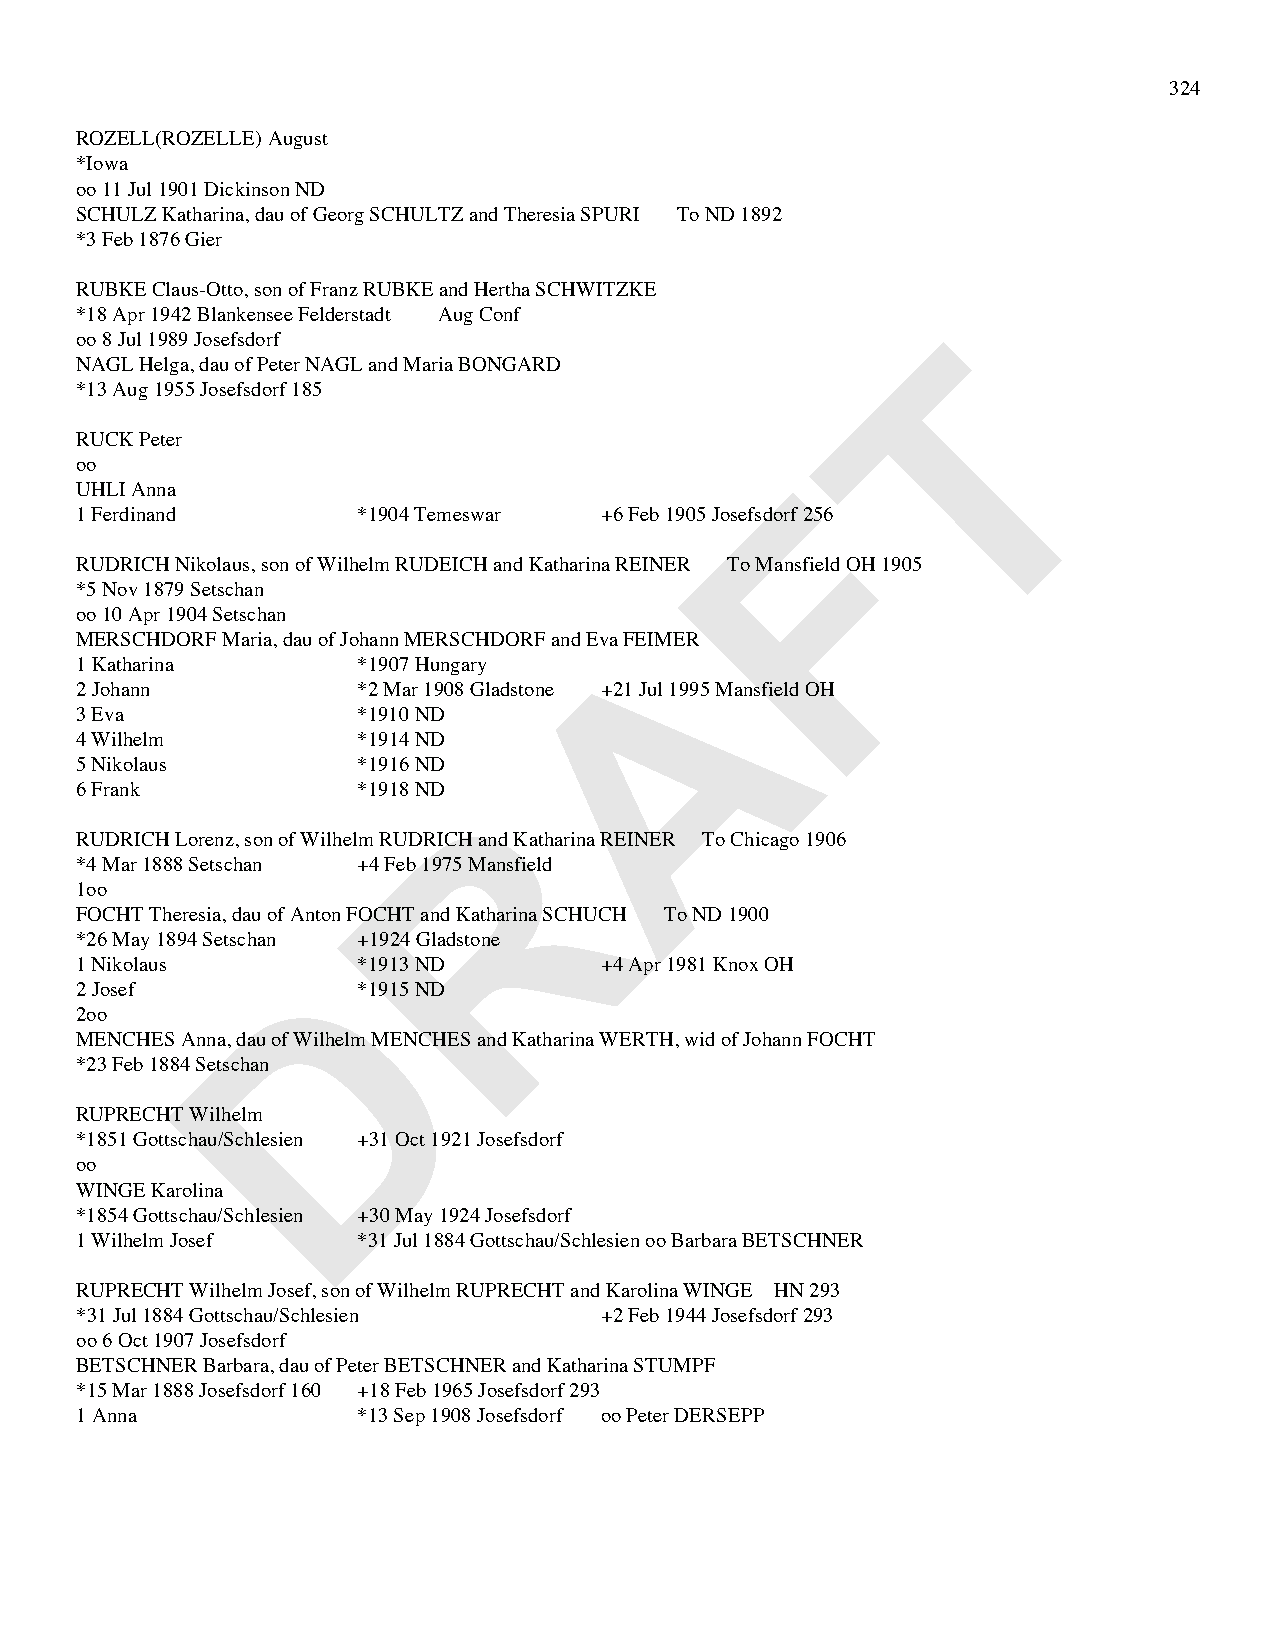
324
 ROZELL(ROZELLE) August
 *Iowa
 oo 11 Jul 1901 Dickinson ND
 SCHULZ Katharina, dau of Georg SCHULTZ and Theresia SPURI To ND 1892
 *3 Feb 1876 Gier
 RUBKE Claus-Otto, son of Franz RUBKE and Hertha SCHWITZKE
 *18 Apr 1942 Blankensee Felderstadt Aug Conf
 T
 oo 8 Jul 1989 Josefsdorf
 NAGL Helga, dau of Peter NAGL and Maria BONGARD
 *13 Aug 1955 Josefsdorf 185
 RUCK Peter
 oo                                             F
 UHLI Anna
 1 Ferdinand        *1904 Temeswar  +6 Feb 1905 Josefsdorf 256
 RUDRICH Nikolaus, son of Wilhelm RUDEICH and Katharina REINER To Mansfield OH 1905
 *5 Nov 1879 Setschan
 oo 10 Apr 1904 Setschan              A
 MERSCHDORF Maria, dau of Johann MERSCHDORF and Eva FEIMER
 1 Katharina        *1907 Hungary
 2 Johann           *2 Mar 1908 Gladstone +21 Jul 1995 Mansfield OH
 3 Eva              *1910 ND
 4 Wilhelm          *1914 ND
 5 Nikolaus         *1916 ND
 R
 6 Frank            *1918 ND
 RUDRICH Lorenz, son of Wilhelm RUDRICH and Katharina REINER To Chicago 1906
 *4 Mar 1888 Setschan +4 Feb 1975 Mansfield
 1oo
 FOCHT Theresia, dau of Anton FOCHT and Katharina SCHUCH To ND 1900
 *26 May 1894 Setschan +1924 Gladstone
 D
 1 Nikolaus         *1913 ND        +4 Apr 1981 Knox OH
 2 Josef            *1915 ND
 2oo
 MENCHES Anna, dau of Wilhelm MENCHES and Katharina WERTH, wid of Johann FOCHT
 *23 Feb 1884 Setschan
 RUPRECHT Wilhelm
 *1851 Gottschau/Schlesien +31 Oct 1921 Josefsdorf
 oo
 WINGE Karolina
 *1854 Gottschau/Schlesien +30 May 1924 Josefsdorf
 1 Wilhelm Josef    *31 Jul 1884 Gottschau/Schlesien oo Barbara BETSCHNER
 RUPRECHT Wilhelm Josef, son of Wilhelm RUPRECHT and Karolina WINGE HN 293
 *31 Jul 1884 Gottschau/Schlesien   +2 Feb 1944 Josefsdorf 293
 oo 6 Oct 1907 Josefsdorf
 BETSCHNER Barbara, dau of Peter BETSCHNER and Katharina STUMPF
 *15 Mar 1888 Josefsdorf 160 +18 Feb 1965 Josefsdorf 293
 1 Anna             *13 Sep 1908 Josefsdorf oo Peter DERSEPP